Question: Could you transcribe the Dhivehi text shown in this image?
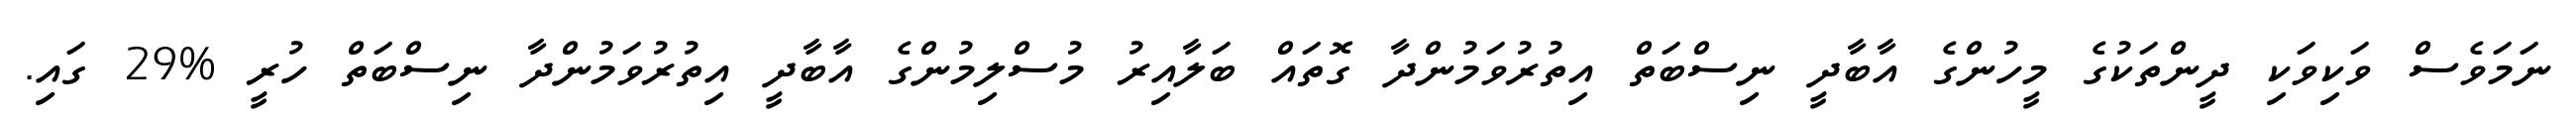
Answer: ނަމަވެސް ވަކިވަކި ދީންތަކުގެ މީހުންގެ އާބާދީ ނިސްބަތް އިތުރުވަމުންދާ ގޮތައް ބަލާއިރު މުސްލިމުންގެ އާބާދީ އިތުރުވަމުންދާ ނިސްބަތް ހުރީ %29 ގައި.